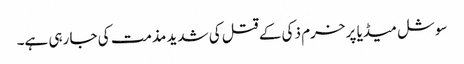
سوشل میڈیا پر خرم ذکی کے قتل کی شدید مذمت کی جا رہی ہے۔